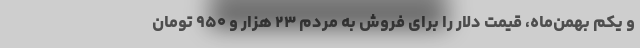
و یکم بهمن‌ماه، قیمت دلار را برای فروش به مردم ۲۳ هزار و ۹۵۰ تومان